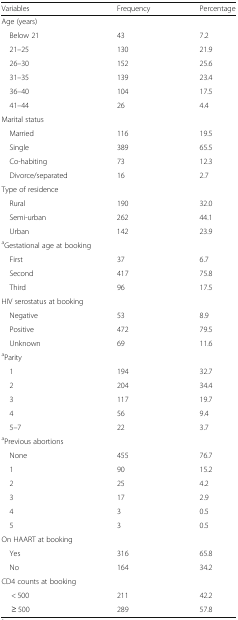
| Variables | Frequency | Percentage |
 | --- | --- | --- |
 | <COLSPAN=3> Age (years) |
 | Below 21 | 43 | 7.2 |
 | 21–25 | 130 | 21.9 |
 | 26–30 | 152 | 25.6 |
 | 31–35 | 139 | 23.4 |
 | 36–40 | 104 | 17.5 |
 | 41–44 | 26 | 4.4 |
 | <COLSPAN=3> Marital status |
 | Married | 116 | 19.5 |
 | Single | 389 | 65.5 |
 | Co-habiting | 73 | 12.3 |
 | Divorce/separated | 16 | 2.7 |
 | <COLSPAN=3> Type of residence |
 | Rural | 190 | 32.0 |
 | Semi-urban | 262 | 44.1 |
 | Urban | 142 | 23.9 |
 | <COLSPAN=3> aGestational age at booking |
 | First | 37 | 6.7 |
 | Second | 417 | 75.8 |
 | Third | 96 | 17.5 |
 | <COLSPAN=3> HIV serostatus at booking |
 | Negative | 53 | 8.9 |
 | Positive | 472 | 79.5 |
 | Unknown | 69 | 11.6 |
 | <COLSPAN=3> aParity |
 | 1 | 194 | 32.7 |
 | 2 | 204 | 34.4 |
 | 3 | 117 | 19.7 |
 | 4 | 56 | 9.4 |
 | 5–7 | 22 | 3.7 |
 | <COLSPAN=3> aPrevious abortions |
 | None | 455 | 76.7 |
 | 1 | 90 | 15.2 |
 | 2 | 25 | 4.2 |
 | 3 | 17 | 2.9 |
 | 4 | 3 | 0.5 |
 | 5 | 3 | 0.5 |
 | <COLSPAN=3> On HAART at booking |
 | Yes | 316 | 65.8 |
 | No | 164 | 34.2 |
 | <COLSPAN=3> CD4 counts at booking |
 | < 500 | 211 | 42.2 |
 | ≥ 500 | 289 | 57.8 |